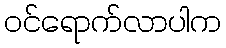
ဝင်ရောက်လာပါက